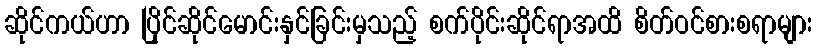
ဆိုင်ကယ်ဟာ ပြိုင်ဆိုင်မောင်းနှင်ခြင်းမှသည့် စက်ပိုင်းဆိုင်ရာအထိ စိတ်ဝင်စားစရာများ